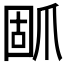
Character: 𰠃